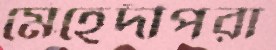
মেহেদীপরা